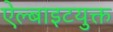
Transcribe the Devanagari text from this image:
ऐल्बाइटयुक्त